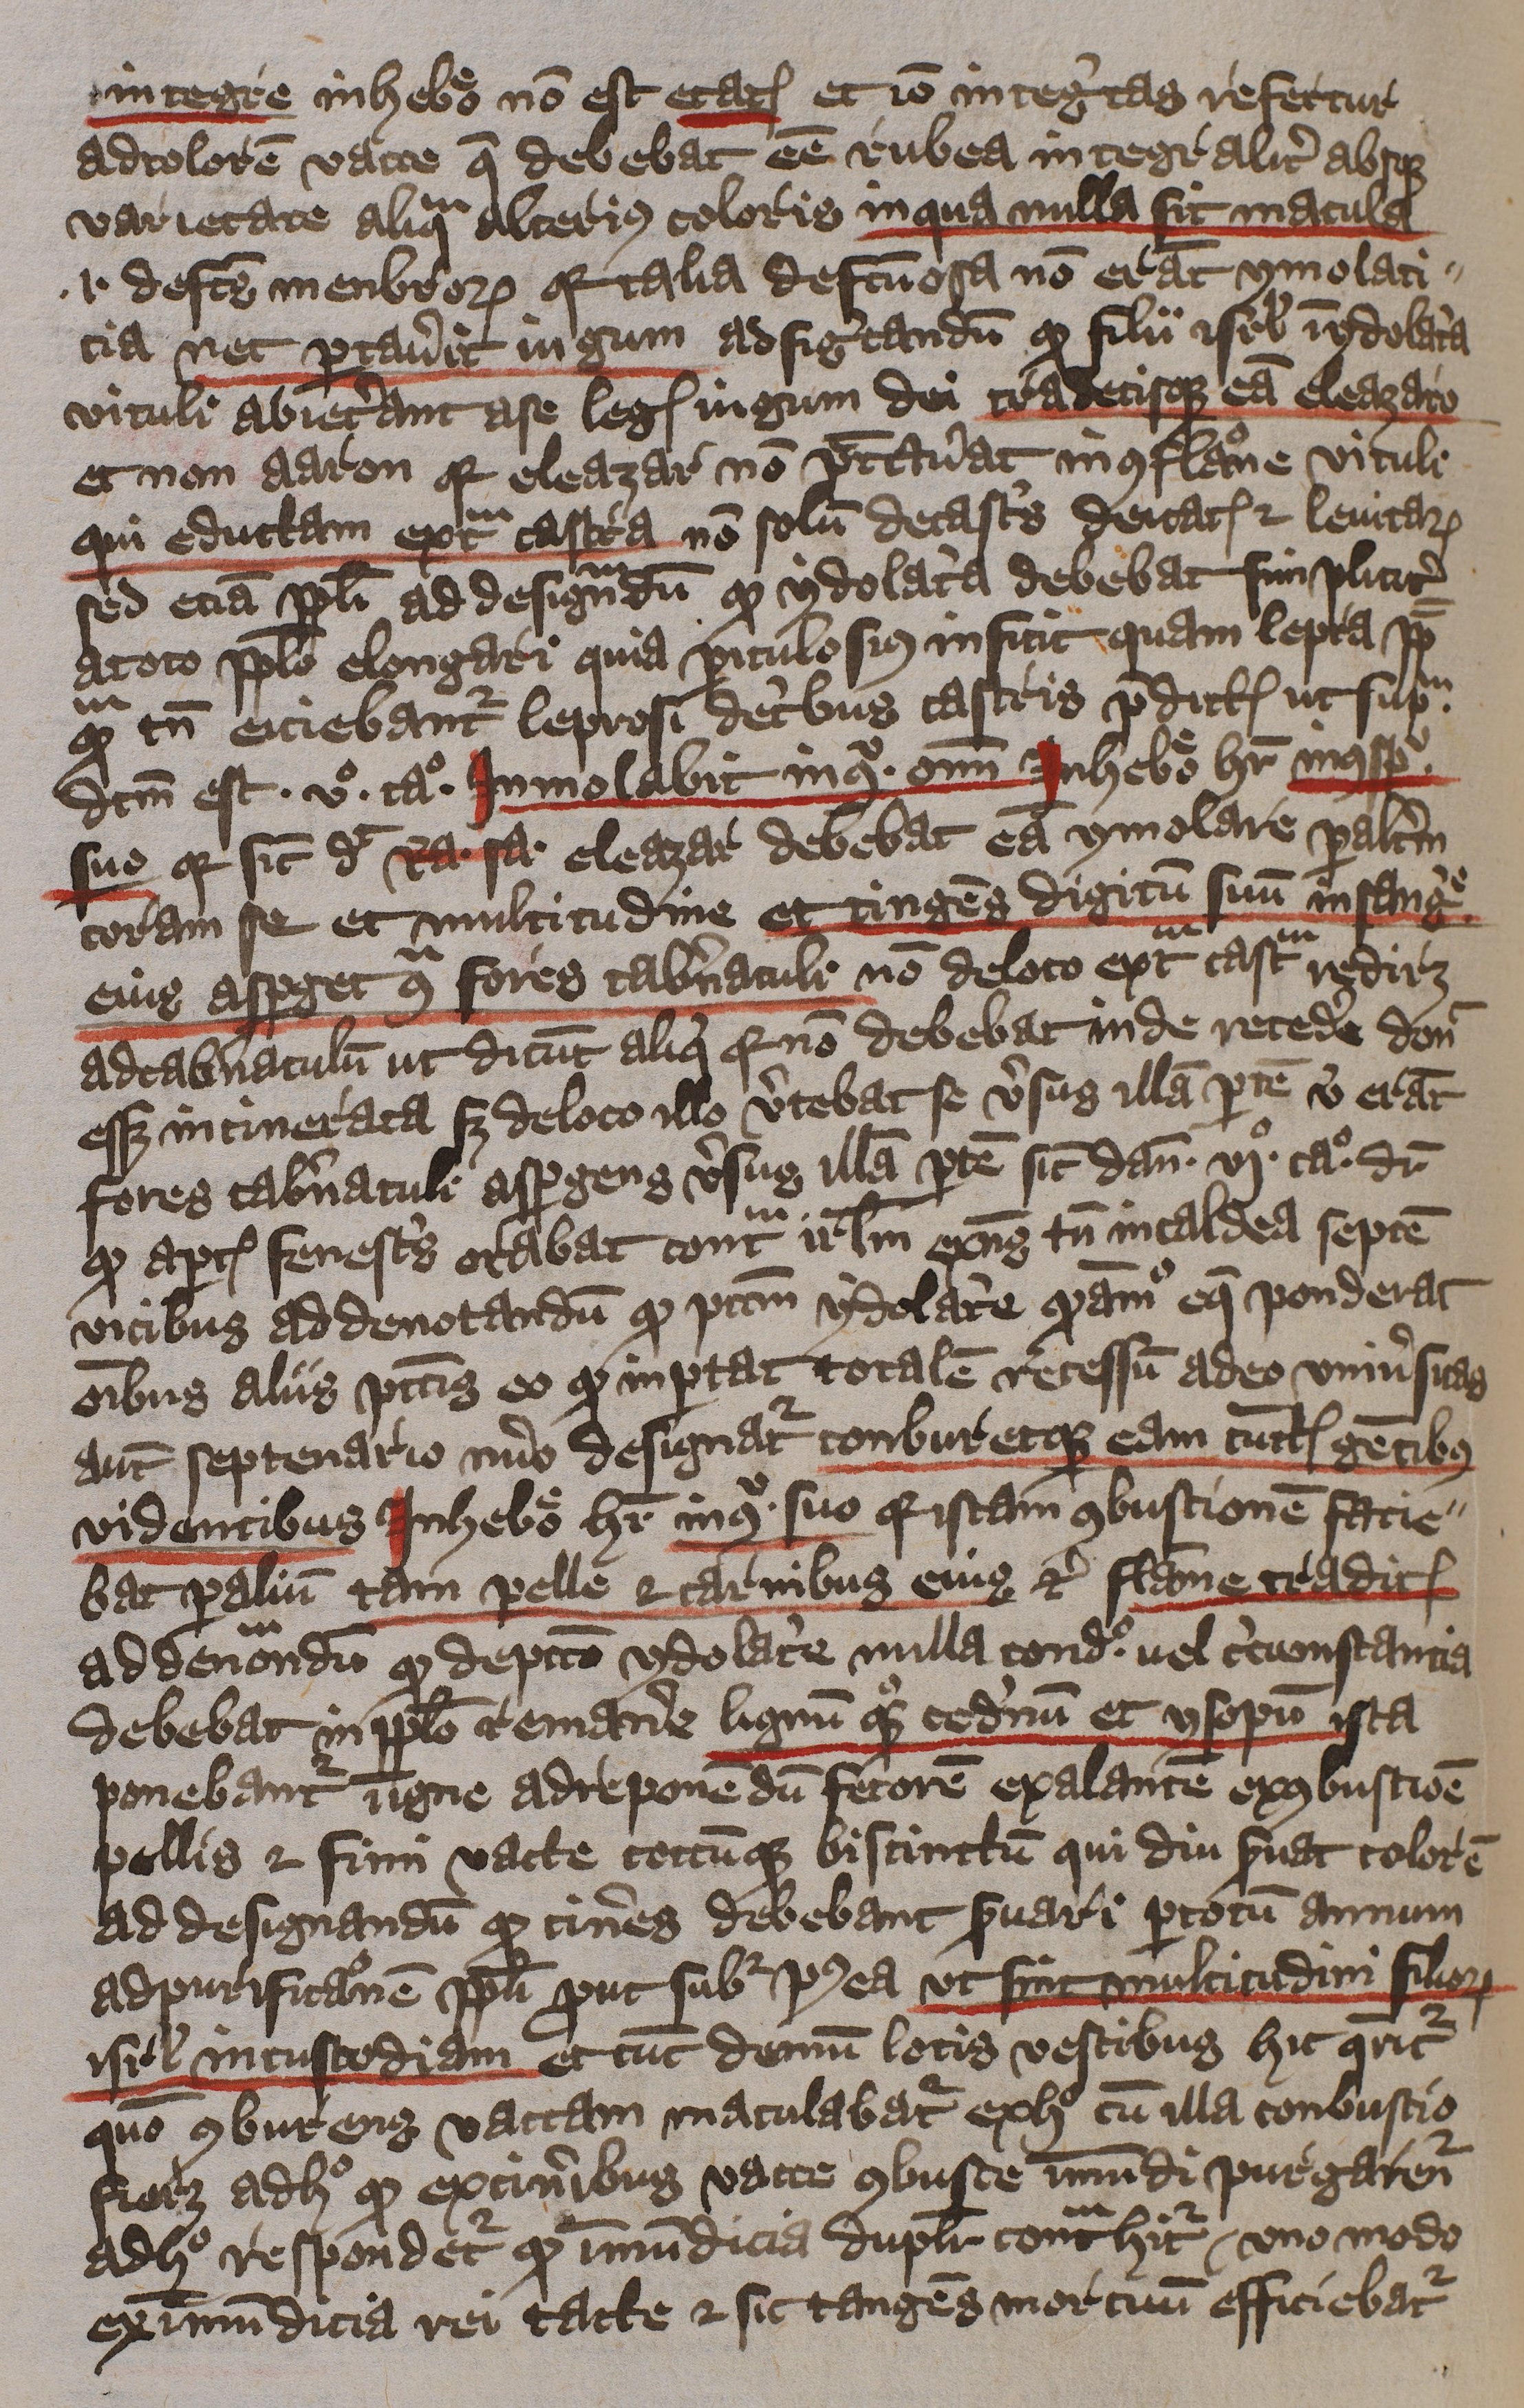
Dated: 1397–1397